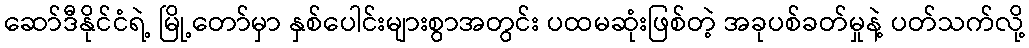
ဆော်ဒီနိုင်ငံရဲ့ မြို့တော်မှာ နှစ်ပေါင်းများစွာအတွင်း ပထမဆုံးဖြစ်တဲ့ အခုပစ်ခတ်မှုနဲ့ ပတ်သက်လို့